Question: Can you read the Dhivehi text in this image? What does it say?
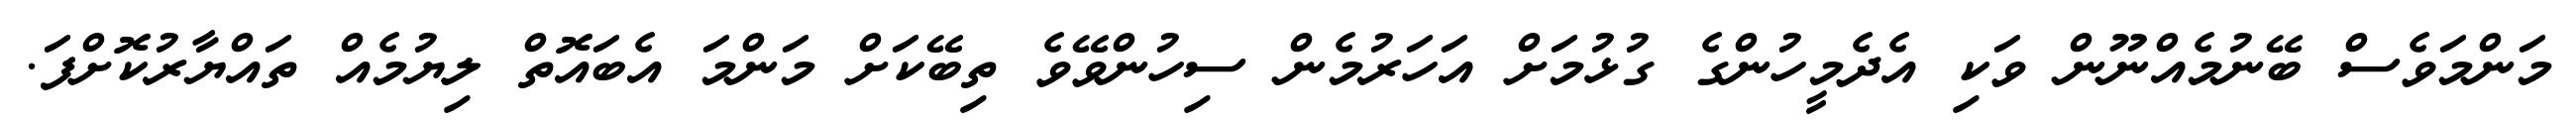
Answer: މަންމަވެސް ބޭނުމެއްނޫން ވަކި އެދެމީހުންގެ ގުޅުމަށް އަހަރުމެން ސިހުންވޭވެ ތިބޭކަށް މަންމަ އެބައޮތް ލިޔުމެއް ތައްޔާރުކޮށްފަ.